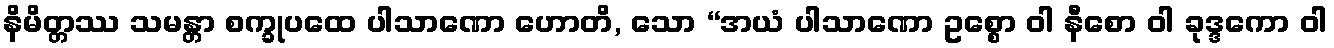
နိမိတ္တဿ သမန္တာ စက္ခုပထေ ပါသာဏော ဟောတိ, သော “အယံ ပါသာဏော ဥစ္စော ဝါ နီစော ဝါ ခုဒ္ဒကော ဝါ